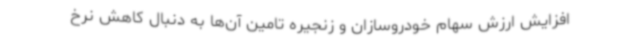
افزایش ارزش سهام خودروسازان و زنجیره تامین آن‌ها به دنبال کاهش نرخ